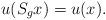
LaTeX: \begin{gather*} u(S_gx)=u(x).\end{gather*}